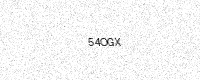
Text: 54OGX